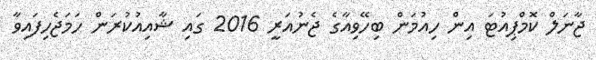
ޖާނަލް ކޮމްޕިއުޓަ އިން ހިއުމަން ބިހޭވިއާގެ ޖެނުއަރީ 2016 ގައި ޝާއިއުކުރަން ހަމަޖެހިފައިވާ